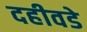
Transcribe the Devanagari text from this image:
दहीवडे